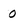
Character: 0